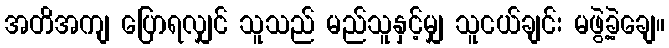
အတိအကျ ပြောရလျှင် သူသည် မည်သူနှင့်မျှ သူငယ်ချင်း မဖွဲ့ခဲ့ချေ။